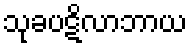
သုခပဋိလာဘာယ